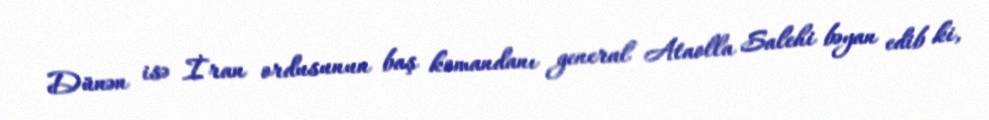
Dünən isə İran ordusunun baş komandanı general Ataolla Salehi bəyan edib ki,